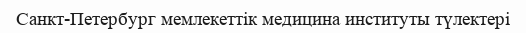
Санкт-Петербург мемлекеттік медицина институты түлектері